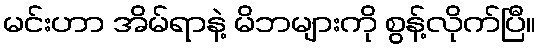
မင်းဟာ အိမ်ရာနဲ့ မိဘများကို စွန့်လိုက်ပြီ။